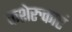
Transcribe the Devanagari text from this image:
कशेरुकाएं